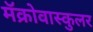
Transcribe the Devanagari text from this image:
मॅक्रोवास्कुलर